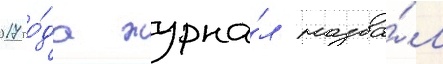
2017 го́да журна́л назва́л